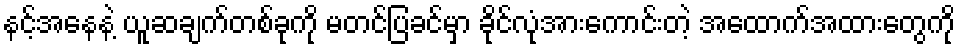
နင့်အနေနဲ့ ယူဆချက်တစ်ခုကို မတင်ပြခင်မှာ ခိုင်လုံအားကောင်းတဲ့ အထောက်အထားတွေကို